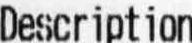
DESCRIPTION